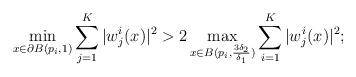
LaTeX: \begin{align*}\min\limits_{x\in\partial B(p_i, 1)}\sum\limits_{j=1}^K|w_j^i(x)|^2> 2\max\limits_{x\in B(p_i, \frac{3\delta_2}{\delta_1})}\sum\limits_{i=1}^K|w^i_j(x)|^2;\end{align*}